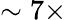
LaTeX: \sim 7\times